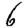
Digit: 6